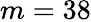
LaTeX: m=38